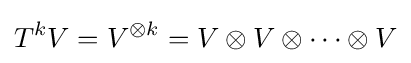
T^{k}V=V^{\otimes k}=V\otimes V\otimes \cdots \otimes V